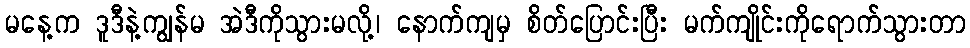
မနေ့က ဒူဒီနဲ့ကျွန်မ အဲဒီကိုသွားမလို့၊ နောက်ကျမှ စိတ်ပြောင်းပြီး မက်ကျိုင်းကိုရောက်သွားတာ